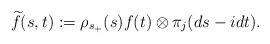
LaTeX: \begin{align*} \widetilde{f}(s,t):=\rho_{s_{+}}(s)f(t)\otimes \pi_j (ds-idt).\end{align*}